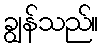
ချွန်သည်။